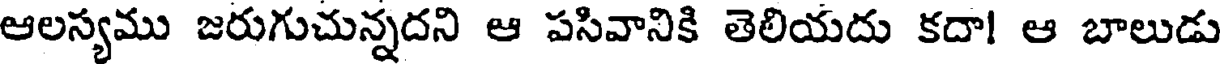
ఆలస్యము జరుగుచున్నదని ఆ పసివానికి తెలియదు కదా! ఆ బాలుడు